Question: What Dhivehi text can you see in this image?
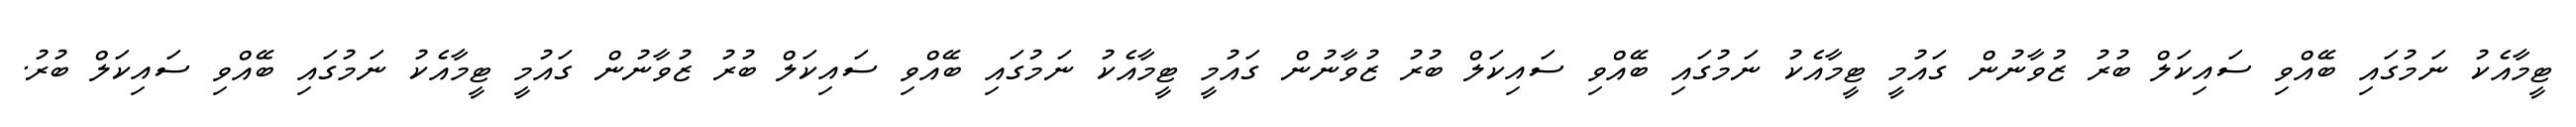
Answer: ޓީމާއެކު ނަމުގައި ބޭއްވި ސައިކަލް ބުރު ޒުވާނުން ގައުމީ ޓީމާއެކު ނަމުގައި ބޭއްވި ސައިކަލް ބުރު ޒުވާނުން ގައުމީ ޓީމާއެކު ނަމުގައި ބޭއްވި ސައިކަލް ބުރު ޒުވާނުން ގައުމީ ޓީމާއެކު ނަމުގައި ބޭއްވި ސައިކަލް ބުރު.